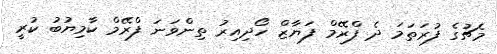
މެޗުގެ ފުރަތަމަ ދެ ފްރޭމް ފަޔާޒް ހޯދިއިރު ތިންވަނަ ފްރޭމް ކާމިޔުބު ކުރީ